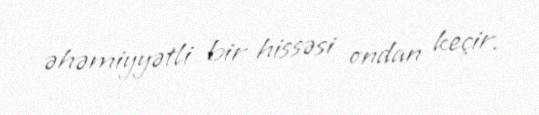
əhəmiyyətli bir hissəsi ondan keçir.